Elephants and their diseases
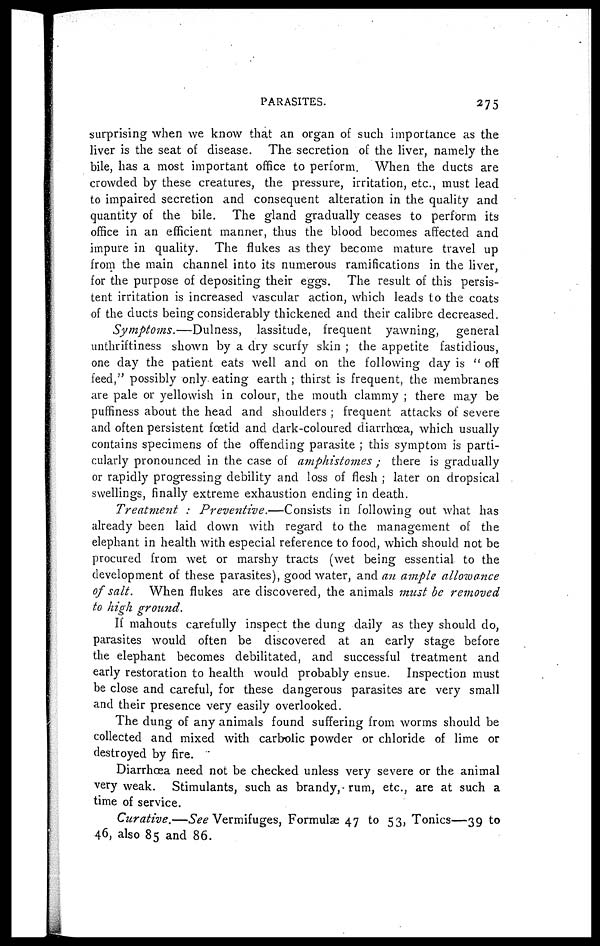
PARASITES.
275
surprising when we know that an organ of such importance as the
liver is the seat of disease. The secretion of the liver, namely the
bile, has a most important office to perform. When the ducts are
crowded by these creatures, the pressure, irritation, etc., must lead
to impaired secretion and consequent alteration in the quality and
quantity of the bile. The gland gradually ceases to perform its
office in an efficient manner, thus the blood becomes affected and
impure in quality. The flukes as they become mature travel up
from the main channel into its numerous ramifications in the liver,
for the purpose of depositing their eggs. The result of this persis-
tent irritation is increased vascular action, which leads to the coats
of the ducts being considerably thickened and their calibre decreased.
Symptoms.—Dulness,
lassitude, frequent yawning", general
unthriftiness shown by a dry scurfy skin ; the appetite fastidious,
one day the patient eats well and on the following clay is "off
feed," possibly only eating earth ; thirst is frequent, the membranes
are pale or yellowish in colour, the mouth clammy ; there may be
puffiness about the head and shoulders ; frequent attacks of severe
and often persistent foetid and dark-coloured diarrhoea, which usually
contains specimens of the offending parasite ; this symptom is parti-
cularly pronounced in the case of amphistomes ; there is gradually
or rapidly progressing debility and loss of flesh ; later on dropsical
swellings, finally extreme exhaustion ending in death.
Treatment
Preventive.—Consists
in following out what has
already been laid down with regard to the management of the
elephant in health with especial reference to food, which should not be
procured from wet or marshy tracts (wet being essential to the
development of these parasites), good water, and an ample allowance
of salt. When flukes are discovered, the animals must be removed
to high ground.
If mahouts carefully inspect the dung daily as they should do,
parasites would often be discovered at an early stage before
the elephant becomes debilitated, and successful treatment and
early restoration to health would probably ensue. Inspection must
be close and careful, for these dangerous parasites are very small
and their presence very easily overlooked.
The dung of any animals found suffering from worms should be
collected and mixed with carbolic powder or chloride of lime or
destroyed by fire.
Diarrhoea need not be checked unless very severe or the animal
very weak. Stimulants, such as brandy, rum, etc., are at such a
time of service.
Curative.—See Vermifuges, Formulae 47 to 53, Tonics—39 to
46, also 85 and 86.